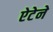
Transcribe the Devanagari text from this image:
ऐटेने